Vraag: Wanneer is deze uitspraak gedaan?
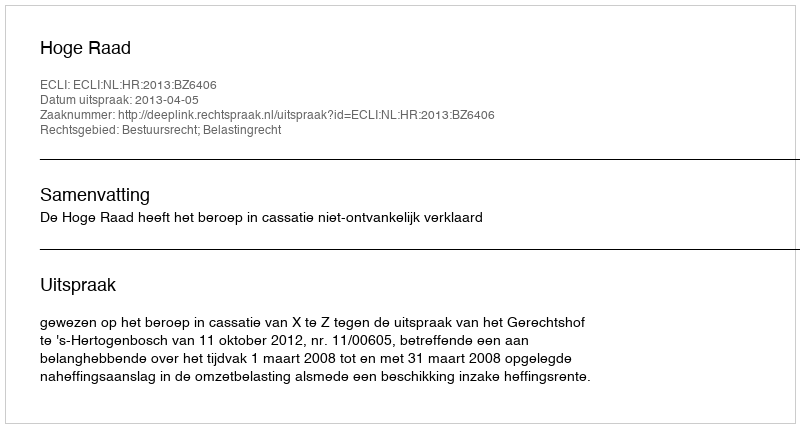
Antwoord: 2013-04-05